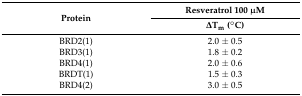
<table><thead><tr><td rowspan="2"><b>Protein</b></td><td><b>Resveratrol 100 μM</b></td></tr><tr><td><b>∆T<sub>m</sub> (°C)</b></td></tr></thead><tbody><tr><td>BRD2(1)</td><td>2.0 ± 0.5</td></tr><tr><td>BRD3(1)</td><td>1.8 ± 0.2</td></tr><tr><td>BRD4(1)</td><td>2.0 ± 0.6</td></tr><tr><td>BRDT(1)</td><td>1.5 ± 0.3</td></tr><tr><td>BRD4(2)</td><td>3.0 ± 0.5</td></tr></tbody></table>